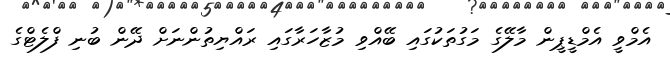
އެމްވީ އެމްޑީޕީން މާލޭގެ މަގުތަކުގައި ބޭއްވި މުޒާހަރާގައި ރައްޔިތުންނަށް ދޭން ބުނި ފްލެޓްގެ